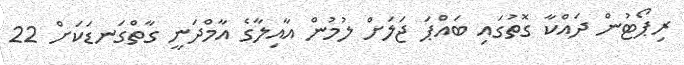
ރިޕޯޓުން ދައްކާ ގޮތުގައި ބައްޕަ ޖަލަށް ލުމުން އާއިލާގެ އާމްދަނީ ގާތްގަނޑަކަށް 22